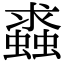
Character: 𧒔